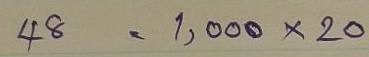
48 = 1,000x20